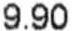
9.90